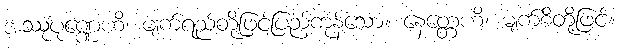
အဿုပုဏ္ဏေဟိ၊ မျက်ရည်တို့ဖြင့်ပြည့်ကုန်သော။ နေတ္တေဟိ၊ မျက်စိတို့ဖြင့်။